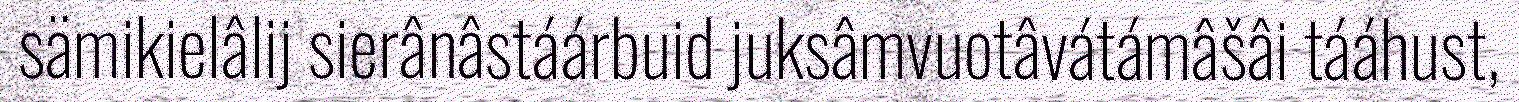
sämikielâlij sierânâstáárbuid juksâmvuotâvátámâšâi tááhust,